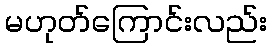
မဟုတ်ကြောင်းလည်း